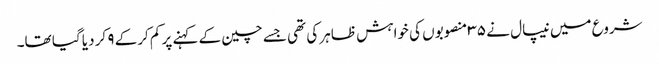
شروع میں نیپال نے ۳۵ منصوبوں کی خواہش ظاہر کی تھی جسے چین کے کہنے پر کم کرکے ۹ کر دیا گیا تھا۔